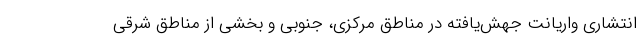
انتشاری واریانت جهش‌یافته در مناطق مرکزی، جنوبی و بخشی از مناطق شرقی